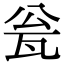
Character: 瓮